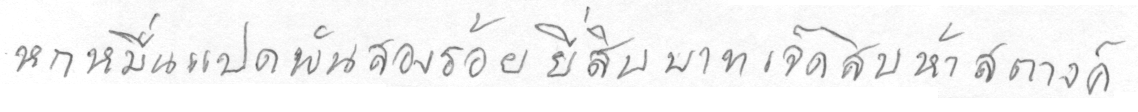
หกหมื่นแปดพันสองร้อยยี่สิบบาทเจ็ดสิบห้าสตางค์